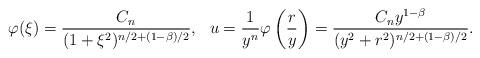
LaTeX: \begin{align*}\varphi(\xi)=\frac{C_n}{(1+\xi^2)^{n/2+(1-\beta)/2}},~~u=\frac 1{y^n}\varphi\left(\frac ry\right)=\frac{C_ny^{1-\beta}}{(y^2+r^2)^{n/2+(1-\beta)/2}}.\end{align*}